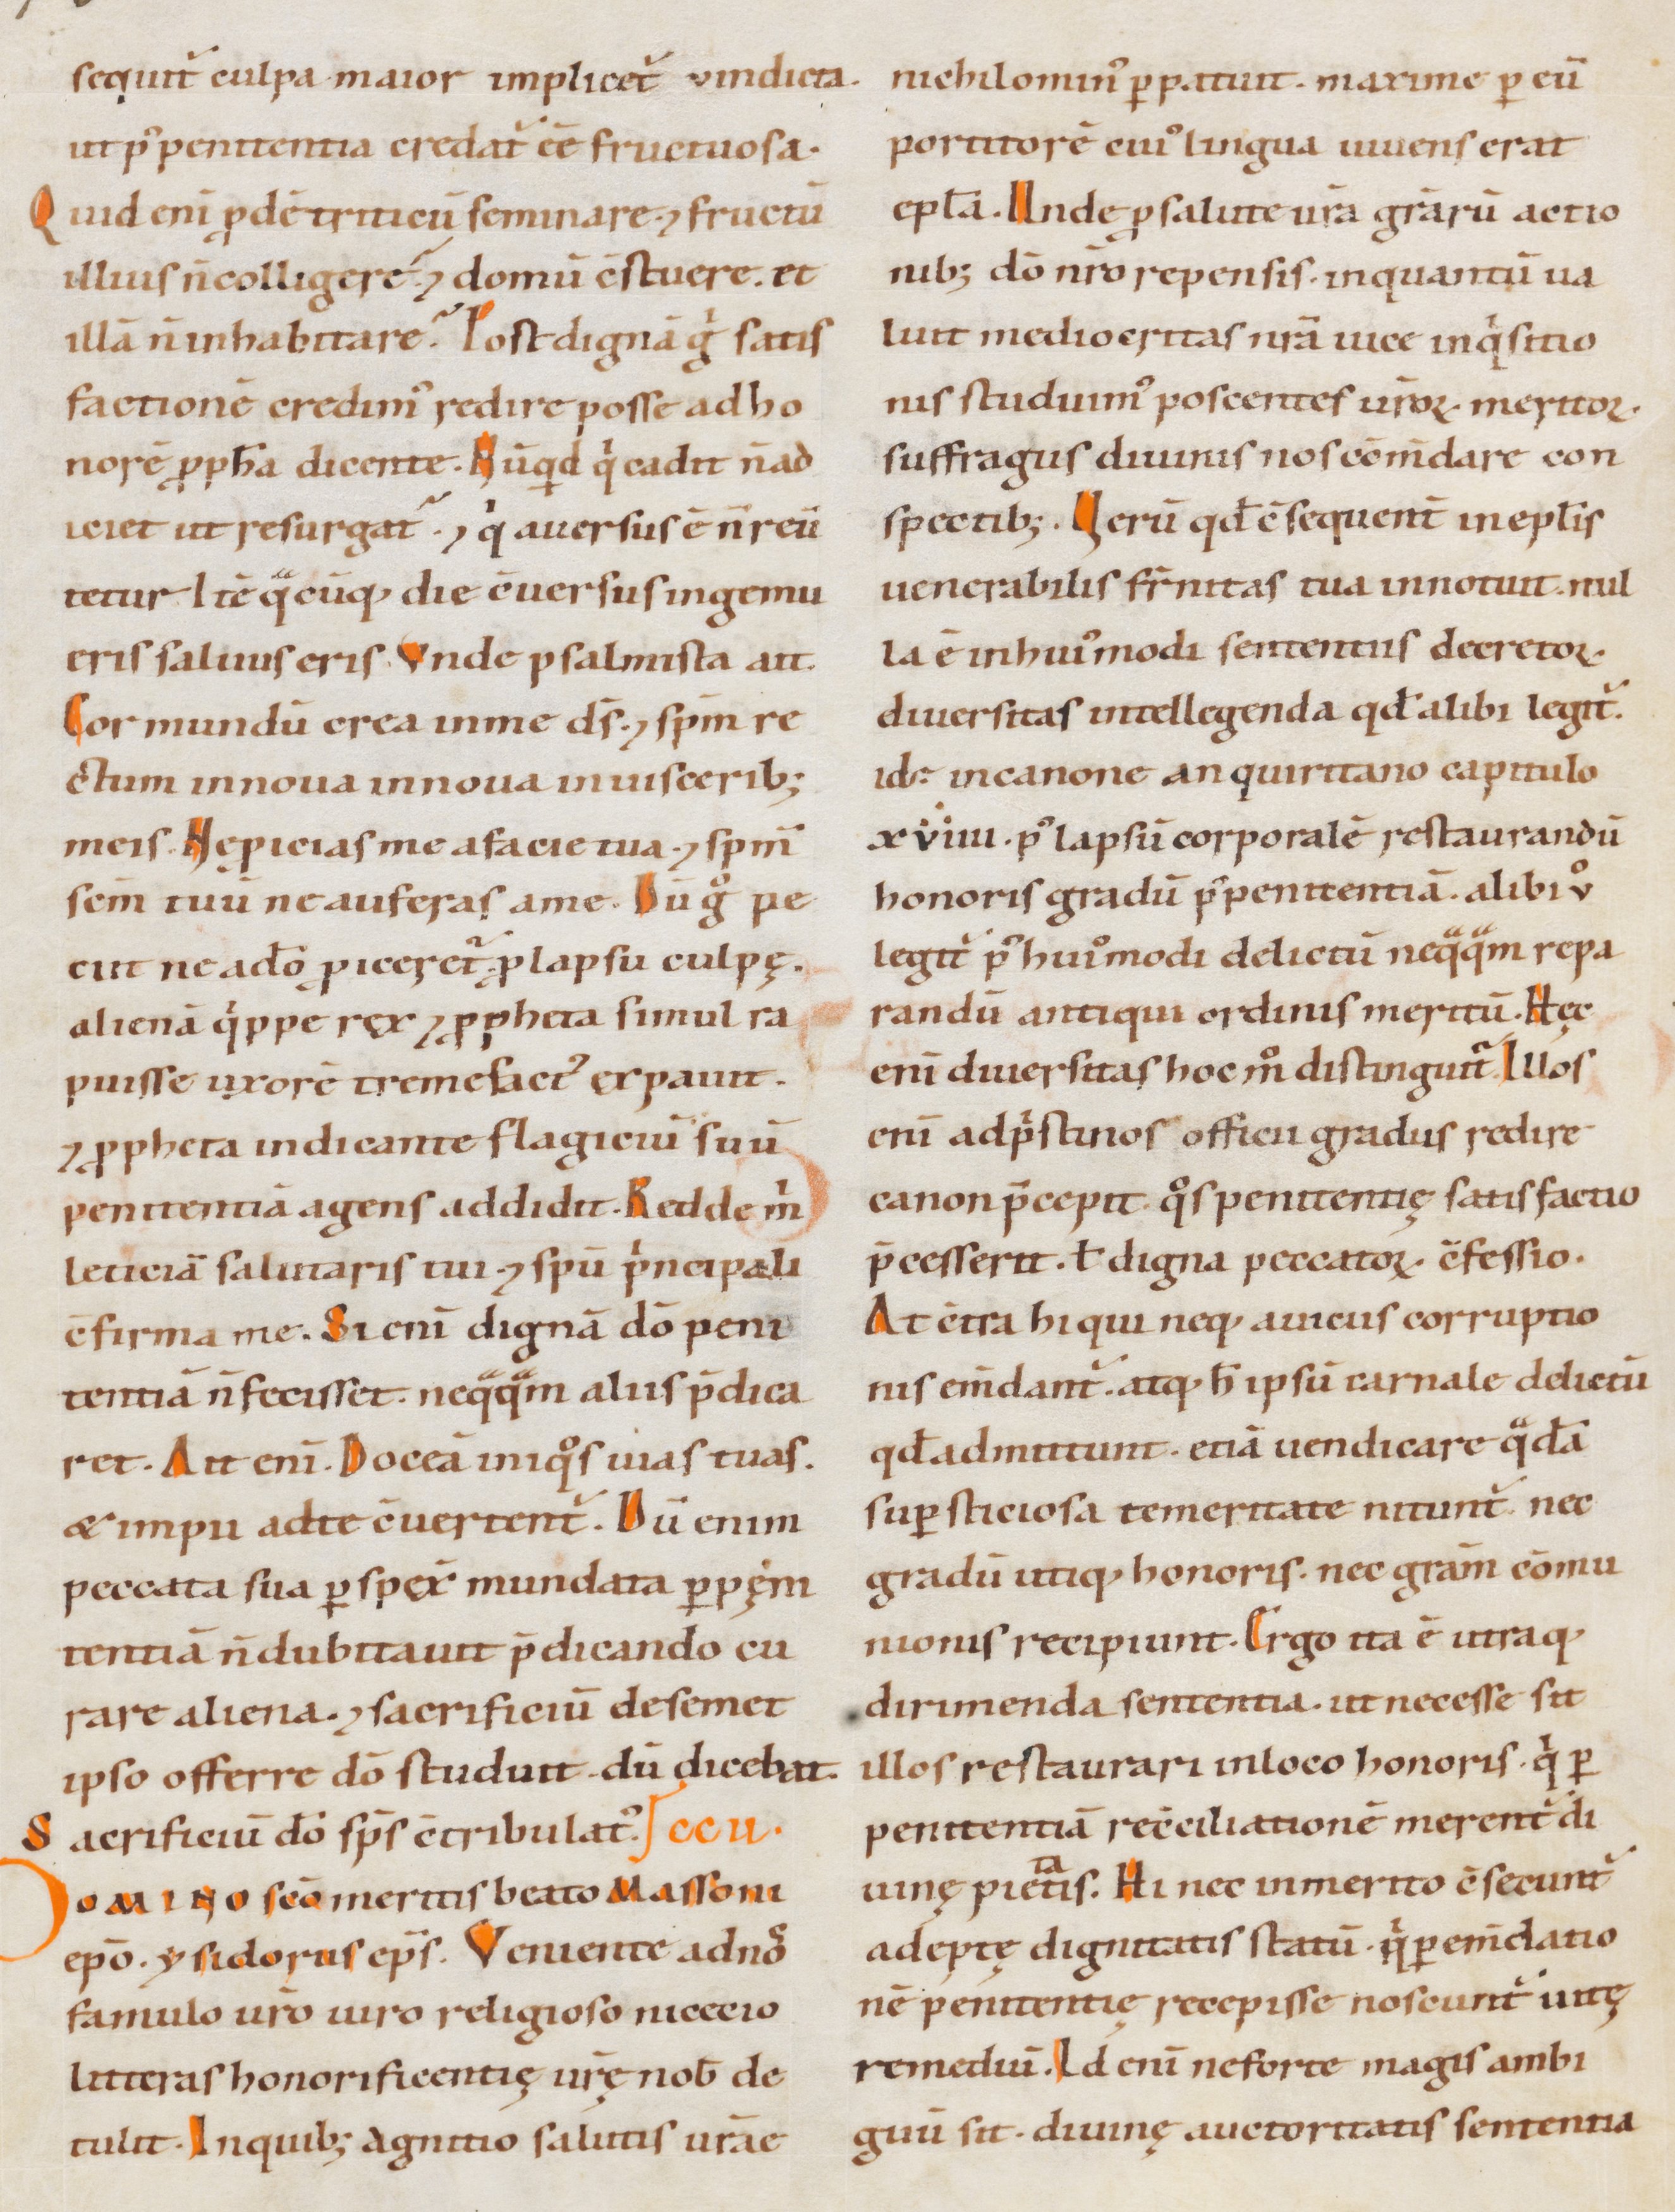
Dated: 1000–1199